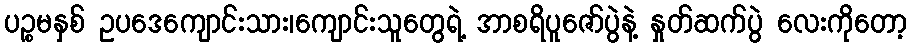
ပဉ္စမနှစ် ဥပဒေကျောင်းသား၊ကျောင်းသူတွေရဲ့ အာစရိပူဇော်ပွဲနဲ့ နှုတ်ဆက်ပွဲ လေးကိုတော့